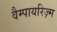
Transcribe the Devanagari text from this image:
वैम्पायरिज़्म